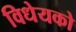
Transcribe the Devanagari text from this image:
विधेयको